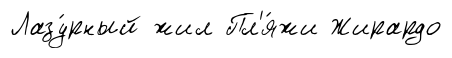
Лазу́рный жил Пл'я́жи Жирардо